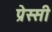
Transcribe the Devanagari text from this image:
प्रेस्सी